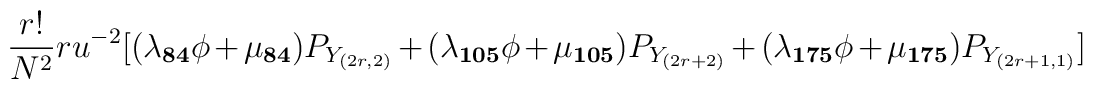
\frac{r!}{N^2} r u^{-2} [(\lambda_{\bf 84} \phi + \mu_{\bf 84}) P_{Y_{(2r,2)}} + (\lambda_{\bf 105} \phi + \mu_{\bf 105}) P_{Y_{(2r+2)}} +(\lambda_{\bf 175} \phi + \mu_{\bf 175}) P_{Y_{(2r+1,1)}}]